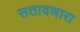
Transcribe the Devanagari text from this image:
सतावणारा